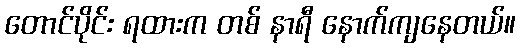
တောင်ပိုင်း ရထားက တစ် နာရီ နောက်ကျနေတယ်။